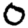
Digit: 0